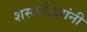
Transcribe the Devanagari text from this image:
शस्त्रतंत्रज्ञांनी